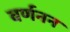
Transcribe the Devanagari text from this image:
वर्णनन